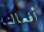
أفعالنا